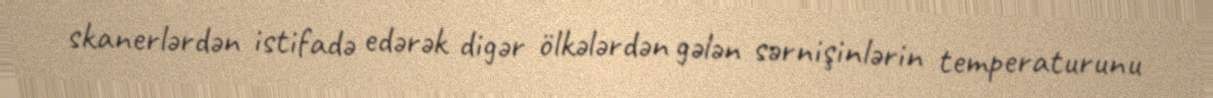
skanerlərdən istifadə edərək digər ölkələrdən gələn sərnişinlərin temperaturunu